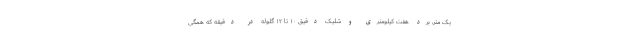
یک متر، برد هفت کیلومتری و شلیک دقیق ۱۰ تا ۱۲ گلوله در دقیقه که همگی